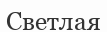
Светлая